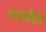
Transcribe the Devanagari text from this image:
मासाहिरो